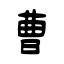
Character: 曹